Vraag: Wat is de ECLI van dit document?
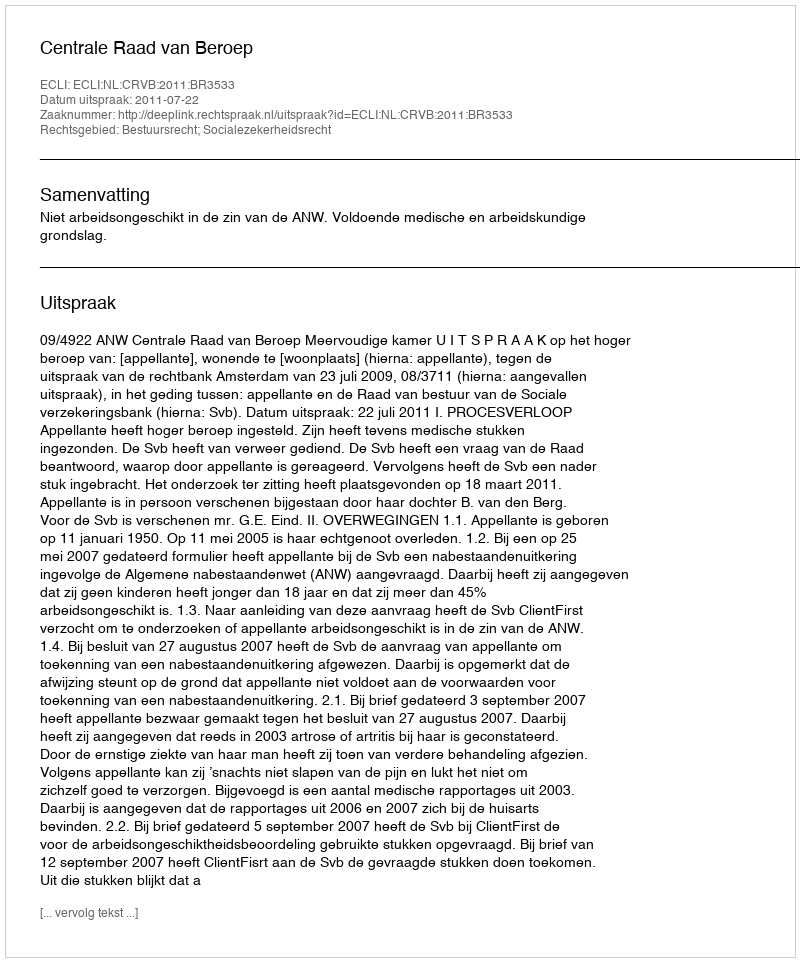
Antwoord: ECLI:NL:CRVB:2011:BR3533